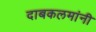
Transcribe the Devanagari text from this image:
दाबकलमांनी